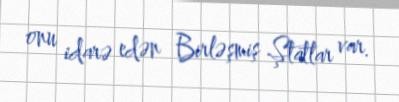
onu idarə edən Birləşmiş Ştatlar var.